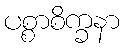
ပစ္စာစိက္ခနာ